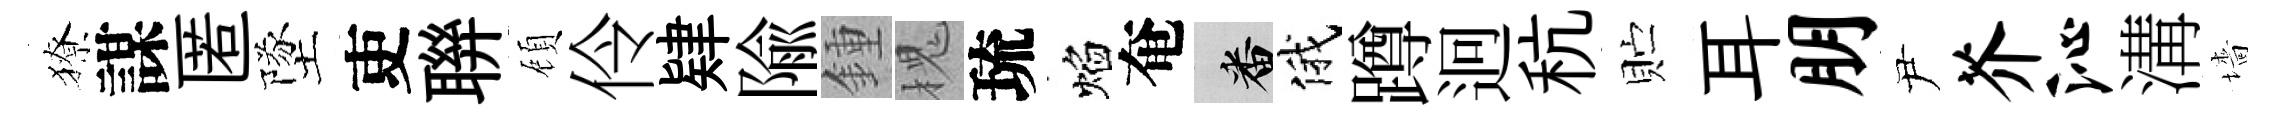
獠謀匿墜吏聨頋伶肄隃鍾槐琉焰奄番俄蹲迥秔贮耳朋尹芥沁溝墻